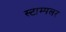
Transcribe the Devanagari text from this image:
स्टाम्पलर